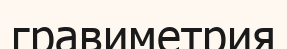
гравиметрия